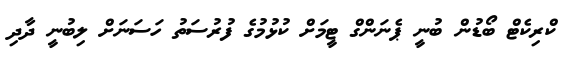
ކްރިކެޓް ބޯޑުން ބުނީ ޕެނަންގް ޓީމަށް ކުޅުމުގެ ފުރުސަތު ހަސަނަށް ލިބުނީ ދާދި